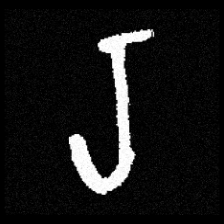
Pyu character \u2014 Myanmar letter: ရ (romanized: ra)